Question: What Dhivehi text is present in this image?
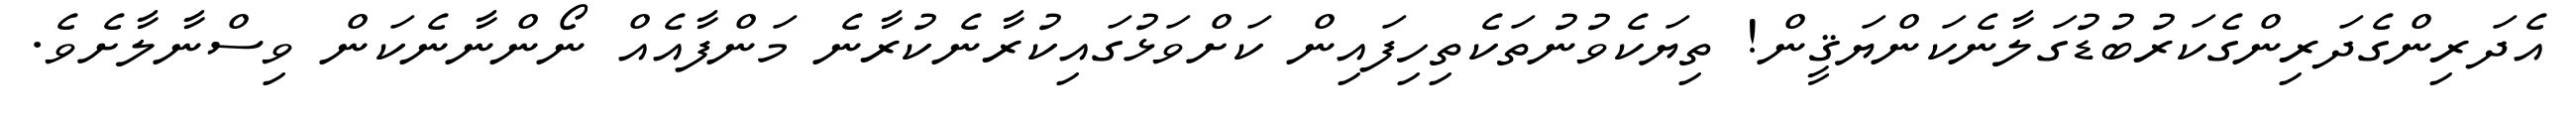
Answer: އެދަރިންގެދަރިންގެކަރުބުޑުގަލާނެކަންޔަޤީން! ތިޔަކެވުނުތަކެތިހިފައިން ކަށްވަޅުގައިކުރާނެކުރާނެ މަންފާއެއް ނޯންނާނެކަން ވިސްނާލާށެވެ.